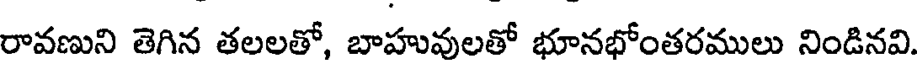
రావణుని తెగిన తలలతో, బాహువులతో భూనభోంతరములు నిండినవి.